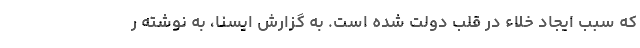
که سبب ایجاد خلاء در قلب دولت شده است. به گزارش ایسنا، به نوشته ر